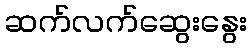
ဆက်လက်ဆွေးနွေး